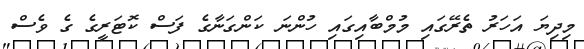
މިދިޔަ އަހަރު ތެރޭގައި މުމްބާއިގައި ހުންނަ ކަންގަނާގެ ފަސް ކޮޓަރީގެ ގެ ވެސް